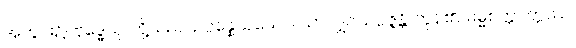
အတွင်း၌။ ဗုဒ္ဓေသု၊ တို့သည်။ ဥပ္ပန္နေသုယေဝ၊ သာလျှင်။ ဥပ္ပဇ္ဇန္တိ၊ ကုန်၏။ ဓမ္မစက္ကဝတ္တဿ၊